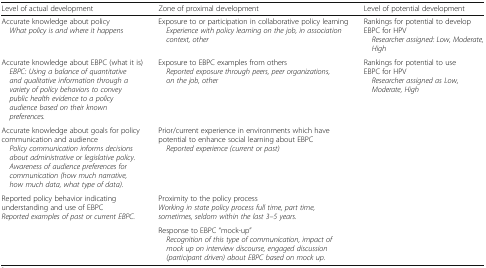
| Level of actual development | Zone of proximal development | Level of potential development |
 | --- | --- | --- |
 | Accurate knowledge about policy What policy is and where it happens | Exposure to or participation in collaborative policy learning Experience with policy learning on the job, in association context, other | Rankings for potential to develop EBPC for HPV Researcher assigned: Low, Moderate, High |
 | Accurate knowledge about EBPC (what it is) EBPC: Using a balance of quantitative and qualitative information through a variety of policy behaviors to convey public health evidence to a policy audience based on their known preferences. | Exposure to EBPC examples from others Reported exposure through peers, peer organizations, on the job, other | Rankings for potential to use EBPC for HPV Researcher assigned as Low, Moderate, High |
 | Accurate knowledge about goals for policy communication and audience Policy communication informs decisions about administrative or legislative policy. Awareness of audience preferences for communication (how much narrative, how much data, what type of data). | Prior/current experience in environments which have potential to enhance social learning about EBPC Reported experience (current or past) |  |
 | Reported policy behavior indicating understanding and use of EBPCReported examples of past or current EBPC. | Proximity to the policy processWorking in state policy process full time, part time, sometimes, seldom within the last 3–5 years. |  |
 |  | Response to EBPC “mock-up” Recognition of this type of communication, impact of mock up on interview discourse, engaged discussion (participant driven) about EBPC based on mock up. |  |